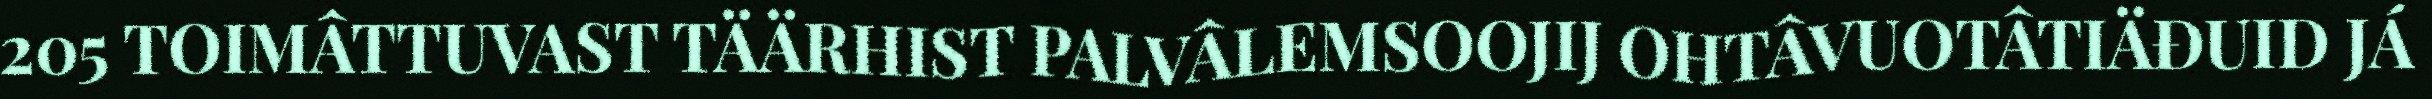
205 TOIMÂTTUVAST TÄÄRHIST PALVÂLEMSOOJIJ OHTÂVUOTÂTIÄĐUID JÁ